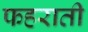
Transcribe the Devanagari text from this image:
फहराती